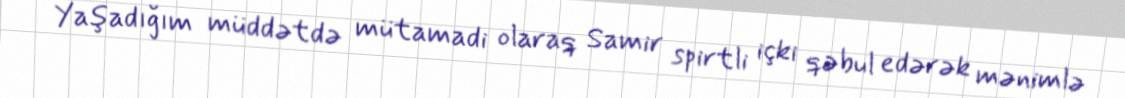
Yaşadığım müddətdə mütamadi olaraq Samir spirtli içki qəbul edərək mənimlə